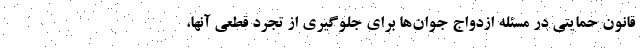
قانون حمایتی در مسئله ازدواج جوان‌ها برای جلوگیری از تجرد قطعی آنها،